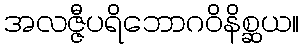
အလဇ္ဇီပရိဘောဂဝိနိစ္ဆယ။